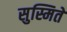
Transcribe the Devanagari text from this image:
सुस्मिते